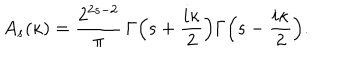
LaTeX: A _ { s } ( \kappa ) = \frac { 2 ^ { 2 s - 2 } } { \pi } \, \Gamma \Bigl ( s + \frac { i \kappa } { 2 } \Bigr ) \Gamma \Bigl ( s - \frac { i \kappa } { 2 } \Bigr ) .